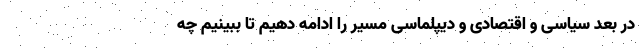
در بعد سیاسی و اقتصادی و دیپلماسی مسیر را ادامه دهیم تا ببینیم چه